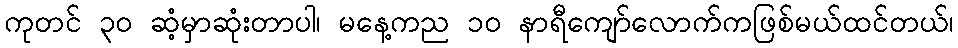
ကုတင် ၃၀ ဆံ့မှာဆုံးတာပါ၊ မနေ့ကည ၁၀ နာရီကျော်လောက်ကဖြစ်မယ်ထင်တယ်၊